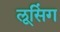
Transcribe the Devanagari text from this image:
लूसिंग